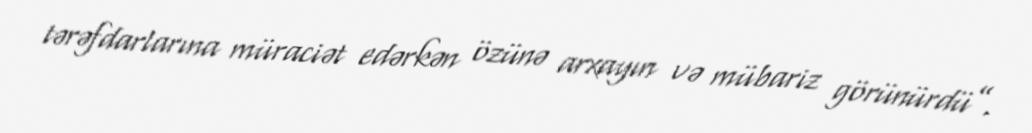
tərəfdarlarına müraciət edərkən özünə arxayın və mübariz görünürdü”.